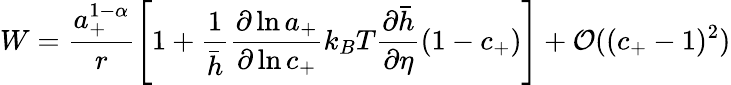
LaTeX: W=\frac{a_{+}^{1-\alpha}}{r}\left[1+\frac{1}{\bar{h}}\frac{\partial\ln{a_{+}}}{\partial\ln{c_{+}}}k_{B}T\frac{\partial\bar{h}}{\partial\eta}(1-c_{+})\right]+\mathcal{O}((c_{+}-1)^{2})